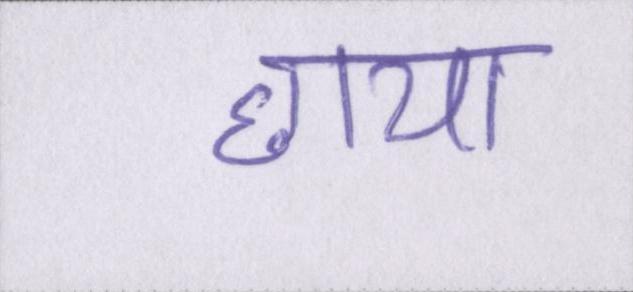
छाया